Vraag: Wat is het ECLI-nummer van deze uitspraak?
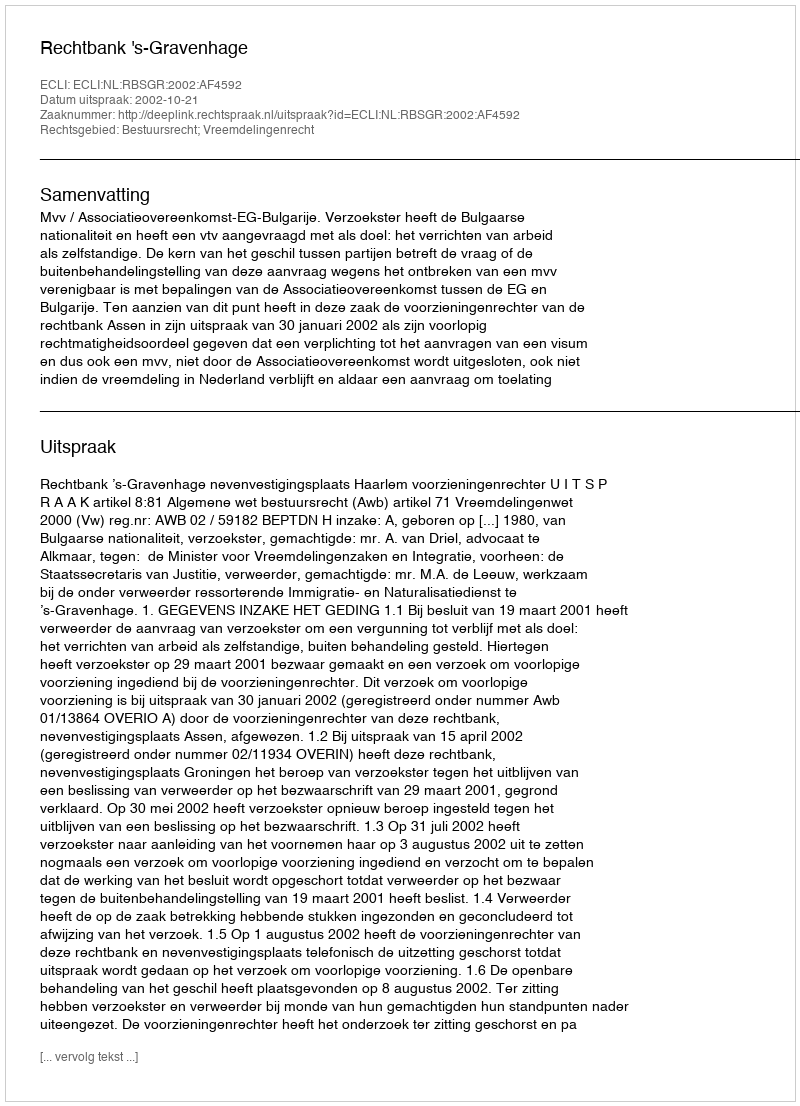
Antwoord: ECLI:NL:RBSGR:2002:AF4592